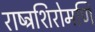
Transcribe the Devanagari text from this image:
राष्ट्रशिरोमणि